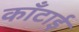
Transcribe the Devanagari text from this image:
काँटाई